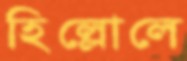
হিল্লোলে